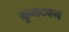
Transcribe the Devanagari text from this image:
कुमदवन